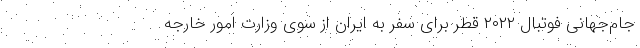
جام‌جهانی فوتبال ۲۰۲۲ قطر برای سفر به ایران از سوی وزارت امور خارجه